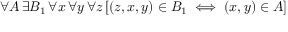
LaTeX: \, \forall A \, \exists B _ { 1 } \, \forall x \, \forall y \, \forall z \, [ ( z , x , y ) \in B _ { 1 } \iff ( x , y ) \in A ]